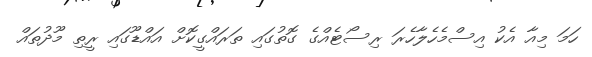
ހަމަ މިއާ އެކު އިސްމެހެލާހެރަ ރިސޯޓެއްގެ ގޮތުގައި ތަރައްގީކޮށް އައްޑޫގައި ރީތި މޫދުތައް